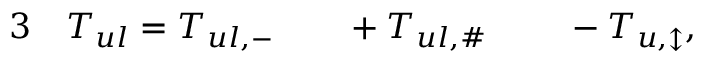
\begin{array} { r l r l r l } { { 3 } } & { { } T _ { u l } = T _ { u l , - } } & { } & { { } + T _ { u l , \# } } & { } & { { } \: - T _ { u , \updownarrow } , } \end{array}